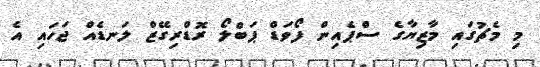
މި މެޗުގައި މާޒިޔާގެ ސްޕެއިން ފޯވަޑް ޕަބްލޯ ރޮޑްރިގޭޒް ލަނޑެއް ޖަހައި އެ